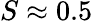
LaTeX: S\approx 0.5